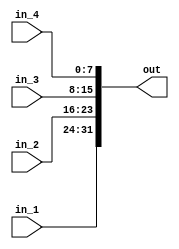
`timescale 1ns / 1ps
//////////////////////////////////////////////////////////////////////////////////
// Company: 
// Engineer: 
// 
// Design Name: 
// Module Name: Four_input_concatenator
// Project Name: 
// Target Devices: 
// Tool Versions: 
// Description: 
// 
// Dependencies: 
// 
// Revision:
// Revision 0.01 - File Created
// Additional Comments:
// 
//////////////////////////////////////////////////////////////////////////////////


module Four_input_concatenator#(parameter in_bus_len1=8, in_bus_len2 =8, in_bus_len3 =8, in_bus_len4 = 8, out_bus_len =32)(
    input [in_bus_len1-1:0] in_1,
    input [in_bus_len2-1:0] in_2,
    input [in_bus_len3-1:0] in_3,
    input [in_bus_len4-1:0] in_4,
    output[out_bus_len-1:0] out
    );
    
    assign out = {in_1,in_2,in_3,in_4};
    
endmodule